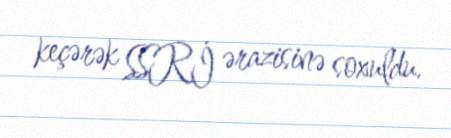
keçərək SSRİ ərazisinə soxuldu.